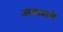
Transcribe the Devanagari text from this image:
आढळाणे